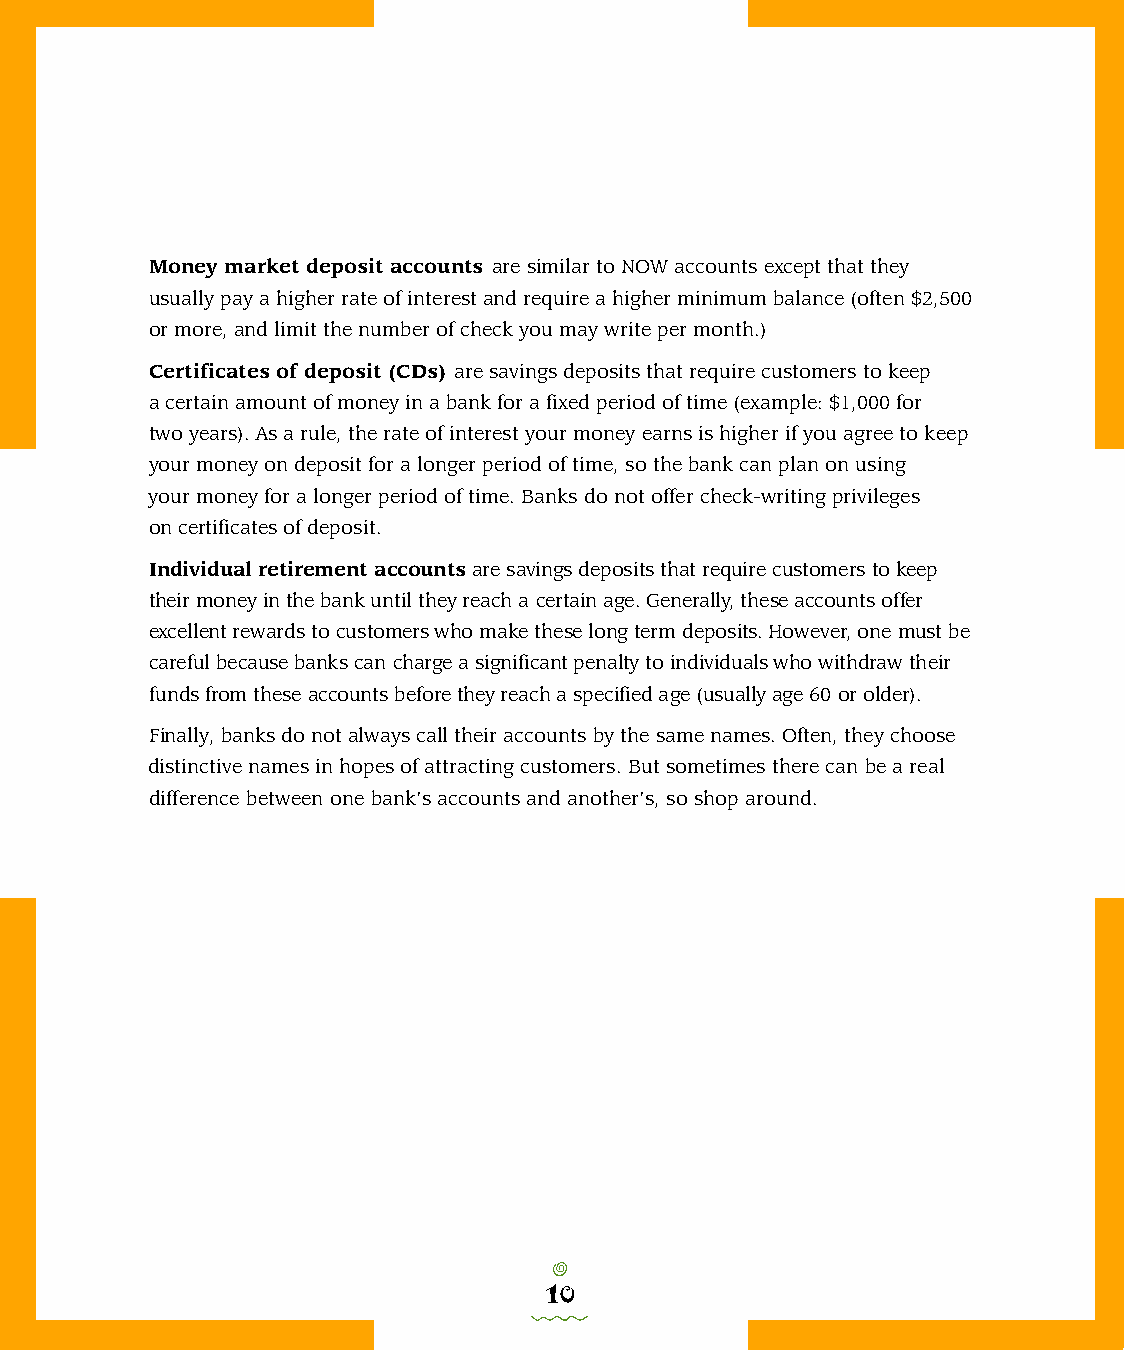
Money market deposit accounts are similar to NOW accounts except that they
 usually pay a higher rate of interest and require a higher minimum balance (often $2,500
 or more, and limit the number of check you may write per month.)
 Certificates of deposit (CDs) are savings deposits that require customers to keep
 a certain amount of money in a bank for a fixed period of time (example: $1,000 for
 two years). As a rule, the rate of interest your money earns is higher if you agree to keep
 your money on deposit for a longer period of time, so the bank can plan on using
 your money for a longer period of time. Banks do not offer check-writing privileges
 on certificates of deposit.
 Individual ret i r ement accountsare savings deposits that require customers to kee p
 their money in the bank until they reach a certain age. Generally, these accounts offer
 excellent rewards to customers who make these long term deposits. However, one must be
 careful because banks can charge a significant penalty to individuals who withdraw their
 funds from these accounts before they reach a specified age (usually age 60 or older).
 Finally, banks do not always call their accounts by the same names. Often, they choose
 distinctive names in hopes of attracting customers. But sometimes there can be a real
 difference between one bank’s accounts and another’s, so shop around.
 o
 10
 0